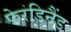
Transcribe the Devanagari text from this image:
फेरडिनैंड